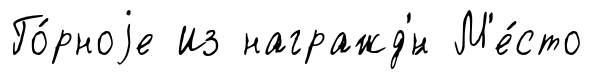
Го́рноjе Из награжд'́н М'е́сто